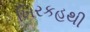
ખિરકહથી